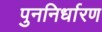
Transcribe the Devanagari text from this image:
पुननिर्धारण